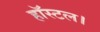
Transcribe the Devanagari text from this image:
हॉस्टल।